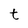
Character: t